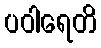
ပဝါရေတိ